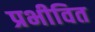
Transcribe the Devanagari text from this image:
प्रभीवित